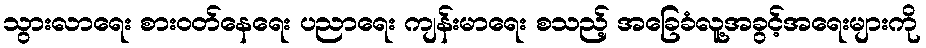
သွားလာရေး စားဝတ်နေရေး ပညာရေး ကျန်းမာရေး စသည့် အခြေခံလူ့အခွင့်အရေးများကို